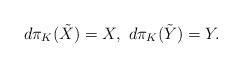
LaTeX: \begin{align*}d\pi_{K}(\tilde{X})=X,~d\pi_{K}(\tilde{Y})=Y.\end{align*}